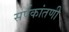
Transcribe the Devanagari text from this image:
सर्पकांतणी